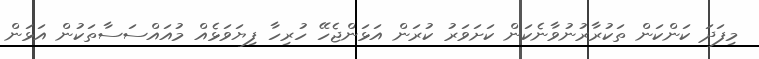
މިފަދަ ކަންކަން ތަކުރާރުނުވާނެކަން ކަށަވަރު ކުރަން އަޅަންޖެހޭ ހުރިހާ ފިޔަވަޅެއް މުއައްސަސާތަކުން އަޅަން